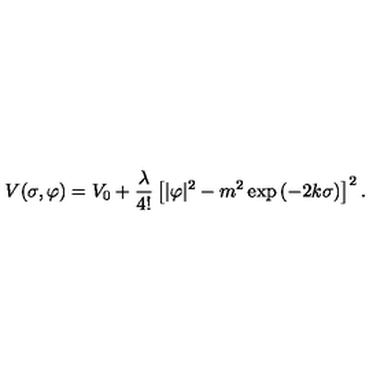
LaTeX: V ( \sigma , \varphi ) = V _ { 0 } + { \frac { \lambda } { 4 ! } } \left[ | \varphi | ^ { 2 } - m ^ { 2 } \exp \left( - 2 k \sigma \right) \right] ^ { 2 } .